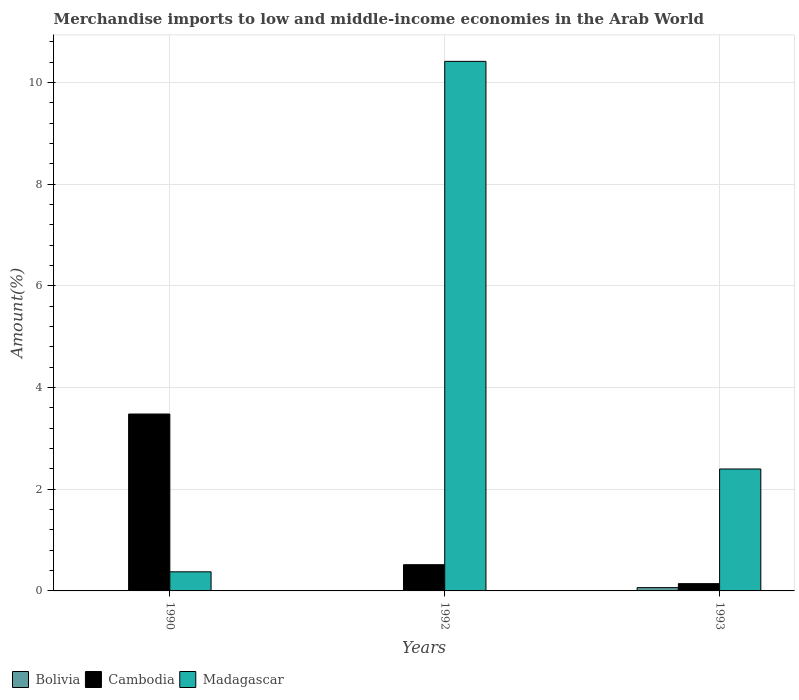
| Years | Bolivia | Cambodia | Madagascar |
 | --- | --- | --- | --- |
 | 1990 | 0.00828 | 3.48 | 0.376 |
 | 1992 | 0.00465 | 0.516 | 10.4 |
 | 1993 | 0.0648 | 0.143 | 2.4 |